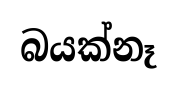
බයක්නෑ